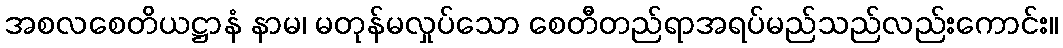
အစလစေတိယဋ္ဌာနံ နာမ၊ မတုန်မလှုပ်သော စေတီတည်ရာအရပ်မည်သည်လည်းကောင်း။